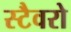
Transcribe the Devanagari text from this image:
स्टैवरो